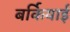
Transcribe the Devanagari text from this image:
बर्कियाई